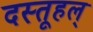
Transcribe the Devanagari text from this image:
दस्तूहल्